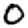
Digit: 0